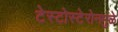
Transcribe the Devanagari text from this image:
टेस्टोस्टेरोनमुळे